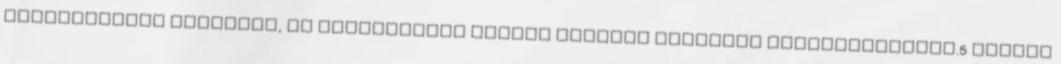
várakozással fogadtak, és szerencsére nagyon gyorsan sikerült beilleszkednem.5 Kaptam